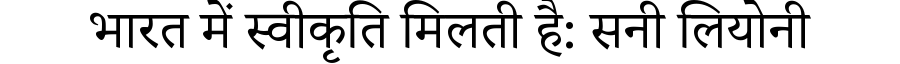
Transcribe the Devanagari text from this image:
भारत में स्वीकृति मिलती है: सनी लियोनी